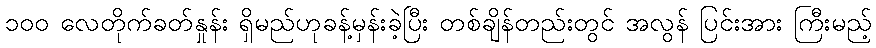
၁၀၀ လေတိုက်ခတ်နှုန်း ရှိမည်ဟုခန့်မှန်းခဲ့ပြီး တစ်ချိန်တည်းတွင် အလွန် ပြင်းအား ကြီးမည့်